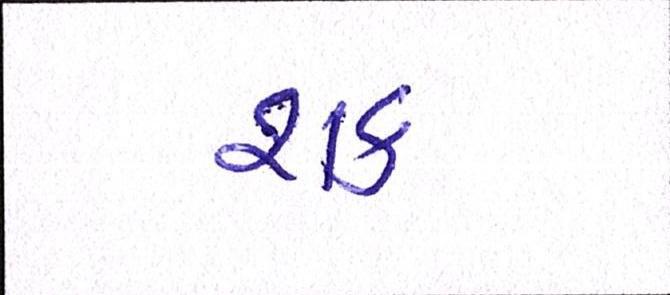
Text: શક